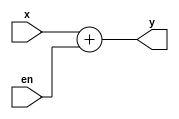
module sel_inc
(
  input [10:0] x,
  input en,
  output [10:0] y
);

  assign y = x + {10'b0000000000, en};

endmodule